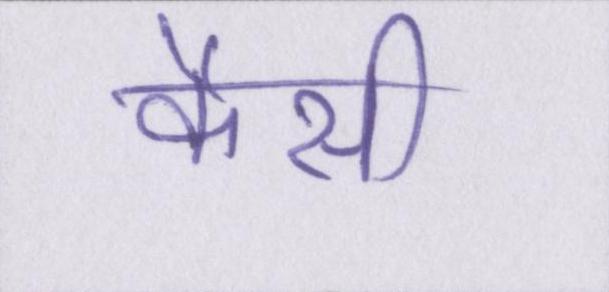
कैसी